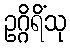
ဥဂ္ဂိရိံသု